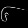
Digit: ၆